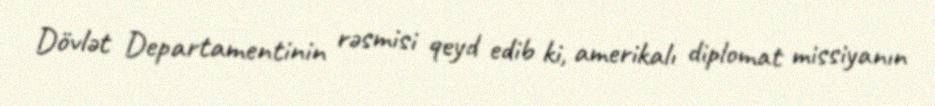
Dövlət Departamentinin rəsmisi qeyd edib ki, amerikalı diplomat missiyanın